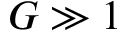
G \gg 1